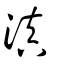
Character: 滇